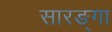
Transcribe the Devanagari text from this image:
सारङ्गा